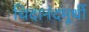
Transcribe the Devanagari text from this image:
चिदानंदमूर्थी